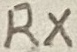
Text: RX